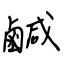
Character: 鹹